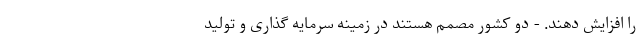
را افزایش دهند. - دو کشور مصمم هستند در زمینه سرمایه گذاری و تولید